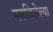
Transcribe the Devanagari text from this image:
मढविलेल्या